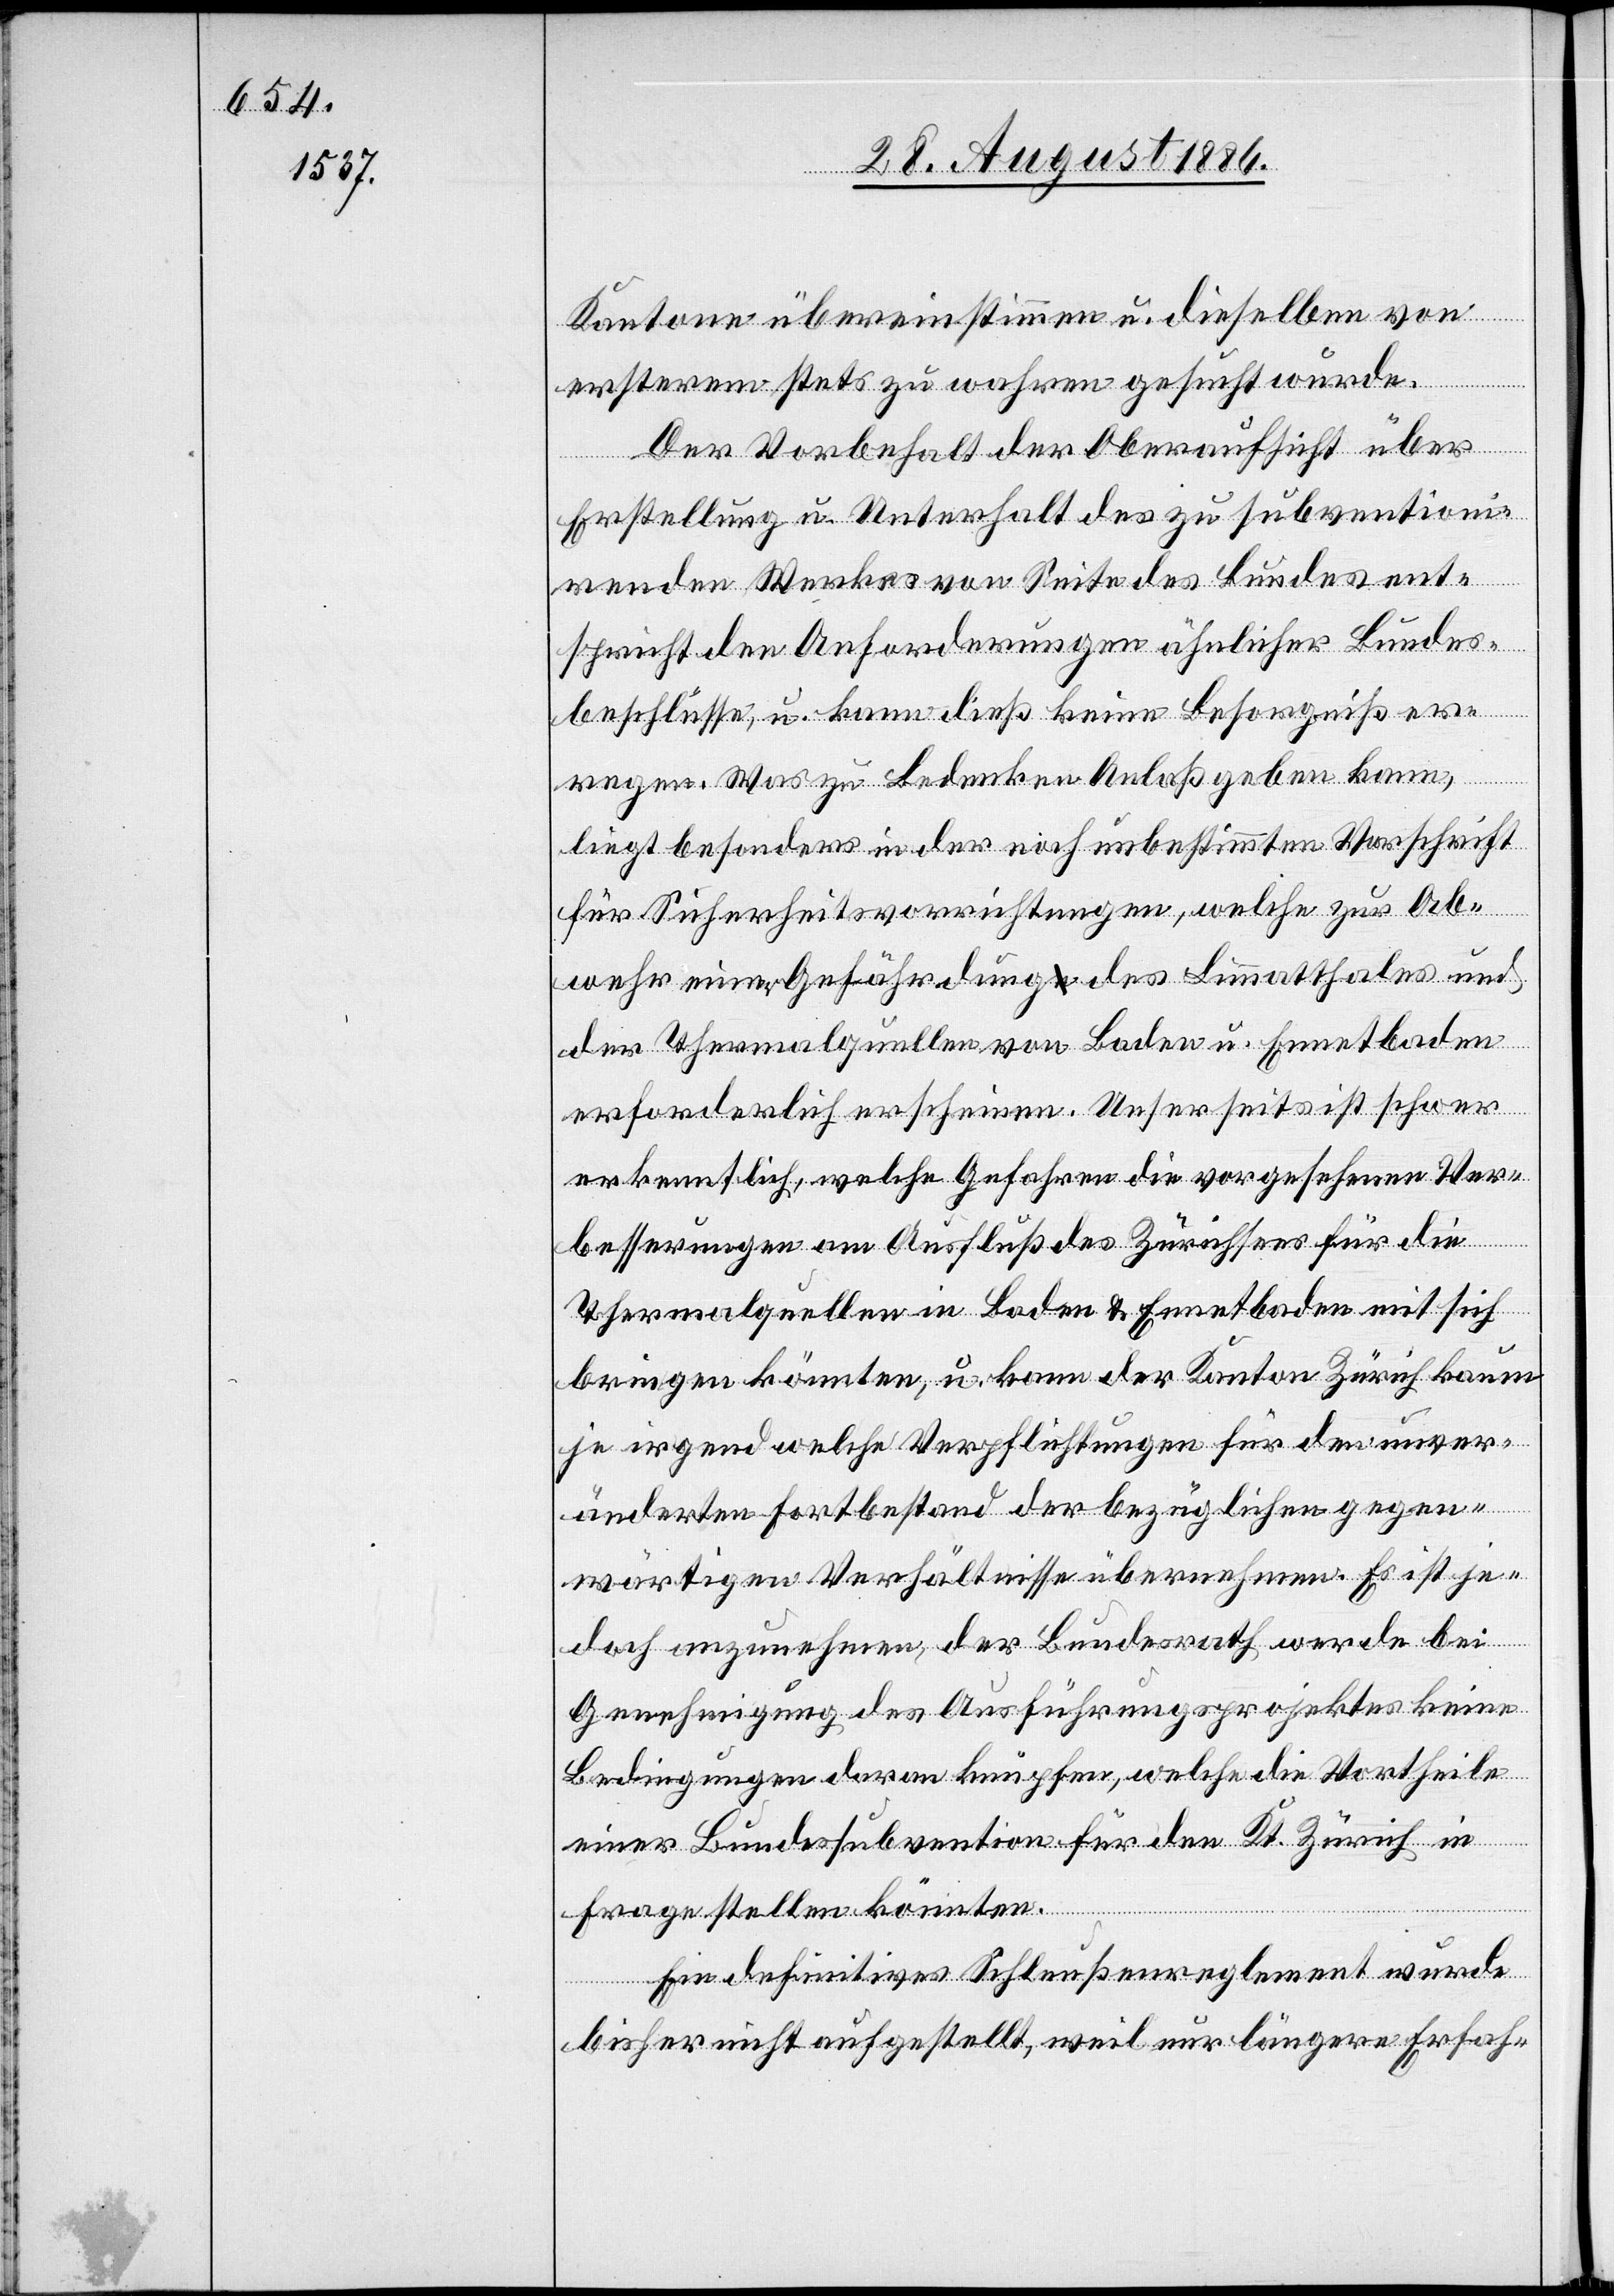
Kantone übereinstimmen u. dieselben von
ersterem stets zu wahren gesucht wurde[n].
Der Vorbehalt der Oberaufsicht über
Erstellung u. Unterhalt des zu subventioni¬
renden Werkes von Seite des Bundes ent¬
spricht den Anforderungen ähnlicher Bundes¬
beschlüsse, u. kann dieß keine Besorgniß er¬
regen. Was zu Bedenken Anlaß geben kann,
liegt besonders in der noch unbestimmten Vorschrift
für Sicherheitsvorrichtungen, welche zur Ab¬
wehr einer Gefährdung des Limmatthales u.
der Thermalquellen von Baden u. Ennetbaden
erforderlich erscheinen. Unserseits ist schwer
erkenntlich, welche Gefahren die vorgesehenen Ver¬
besserungen am Ausfluß des Zürichsees für die
Thermalquellen in Baden & Ennetbaden mit sich
bringen könnten, u. kann der Kanton Zürich kaum
je irgend welche Verpflichtungen für den unver¬
änderten Fortbestand der bezüglichen gegen¬
wärtigen Verhältnisse übernehmen. Es ist je¬
doch anzunehmen, der Bundesrath werde bei
Genehmigung des Ausführungsprojektes keine
Bedingungen daran knüpfen, welche die Vortheile
einer Bundessubvention für den Kt. Zürich in
Frage stellen könnten.
Ein definitives Schleußenreglement wurde
bisher nicht aufgestellt, weil nur längere Erfah-